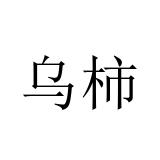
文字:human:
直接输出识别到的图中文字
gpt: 乌柿